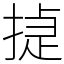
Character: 㨗